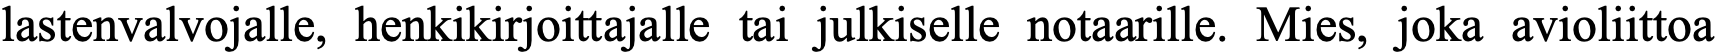
lastenvalvojalle, henkikirjoittajalle tai julkiselle notaarille. Mies, joka avioliittoa